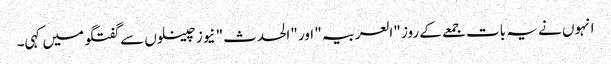
انہوں نے یہ بات جمعے کے روز "العربیہ" اور "الحدث" نیوز چینلوں سے گفتگو میں کہی۔